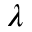
\lambda